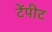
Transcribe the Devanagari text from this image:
टेंपीट